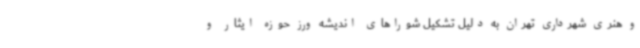
و هنری شهرداری تهران به دلیل تشکیل شوراهای اندیشه ورز حوزه ایثار و